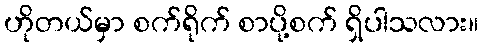
ဟိုတယ်မှာ စက်ရိုက် စာပို့စက် ရှိပါသလား။